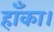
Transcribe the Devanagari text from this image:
हाँका।